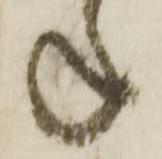
ね